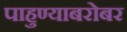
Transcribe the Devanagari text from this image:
पाहुण्याबरोबर